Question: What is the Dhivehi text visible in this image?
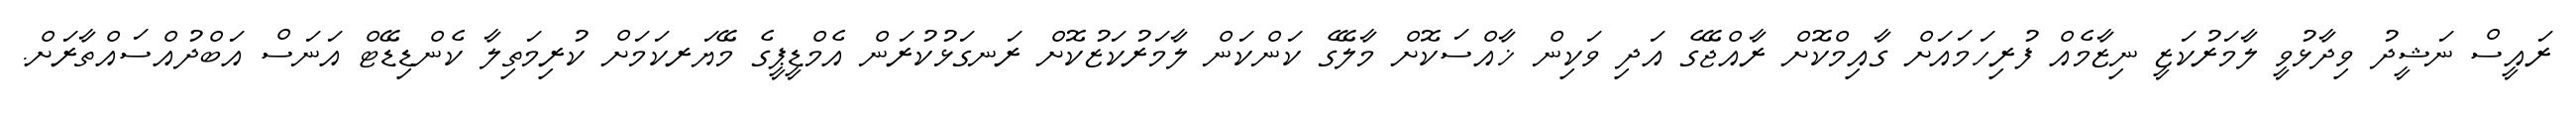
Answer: ރައީސް ނަޝީދު ވިދާޅުވީ ލާމަރުކަޒީ ނިޒާމެއް ފުރިހަމައަށް ގާއިމްކޮށް ރާއްޖޭގެ އަދި ވަކިން ޚާއްސަކޮށް މާލޭގެ ކަންކަން ލާމަރުކަޒުކޮށް ރަނގަޅުކުރަން އެމްޑީޕީގެ މޭޔަރކަމަށް ކުރިމަތިލާ ކެންޑިޑޭޓް އަނަސް އަބްދުއްސައްތާރަށް.